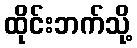
ထိုင်းဘက်သို့